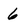
Character: 6